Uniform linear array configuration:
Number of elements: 16
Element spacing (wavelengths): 0.5
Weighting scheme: blackman
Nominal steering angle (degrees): -30
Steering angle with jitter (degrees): -30.539
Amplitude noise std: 0.05
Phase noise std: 0.05

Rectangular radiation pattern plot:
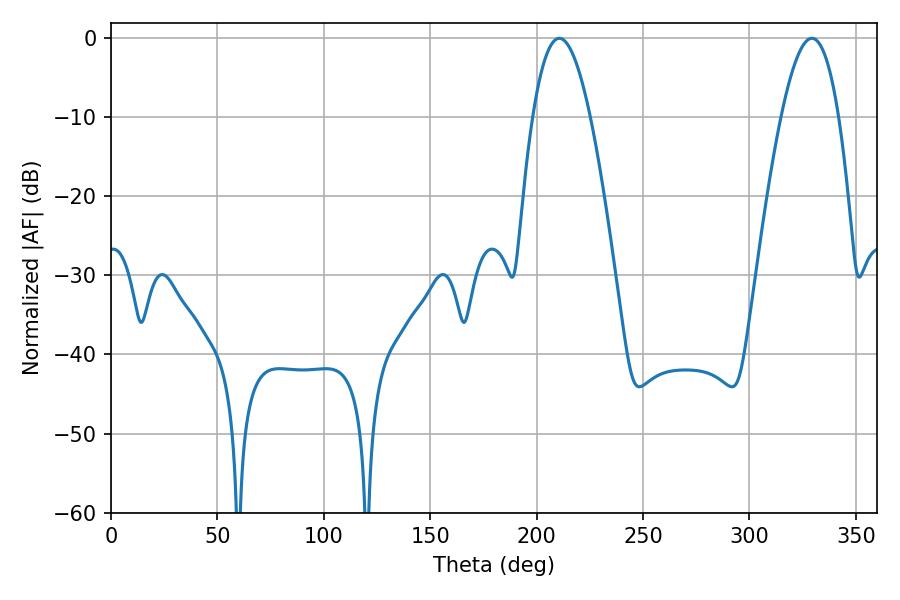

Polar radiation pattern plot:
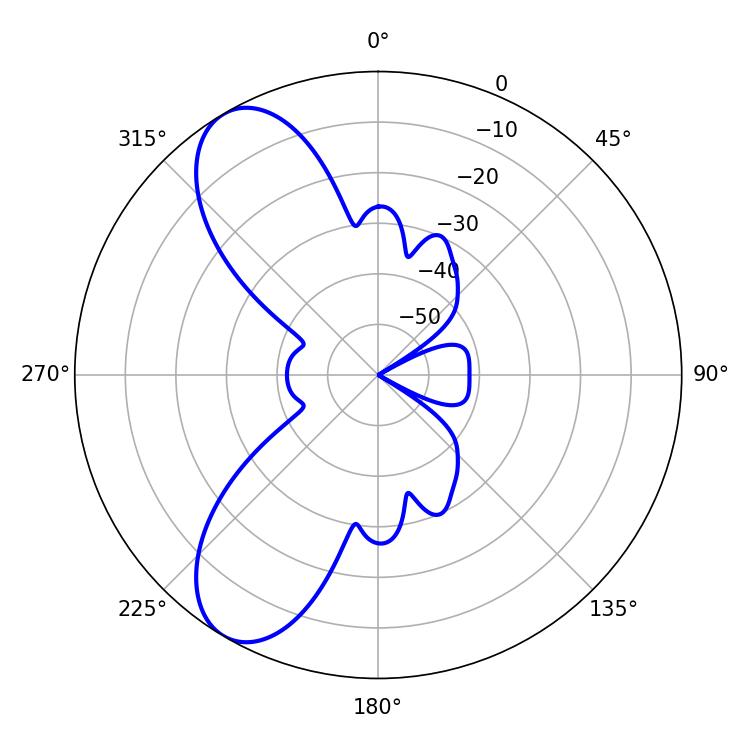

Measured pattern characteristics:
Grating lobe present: FALSE
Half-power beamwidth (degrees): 14.76
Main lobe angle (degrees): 210.6